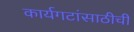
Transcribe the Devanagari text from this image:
कार्यगटांसाठीची